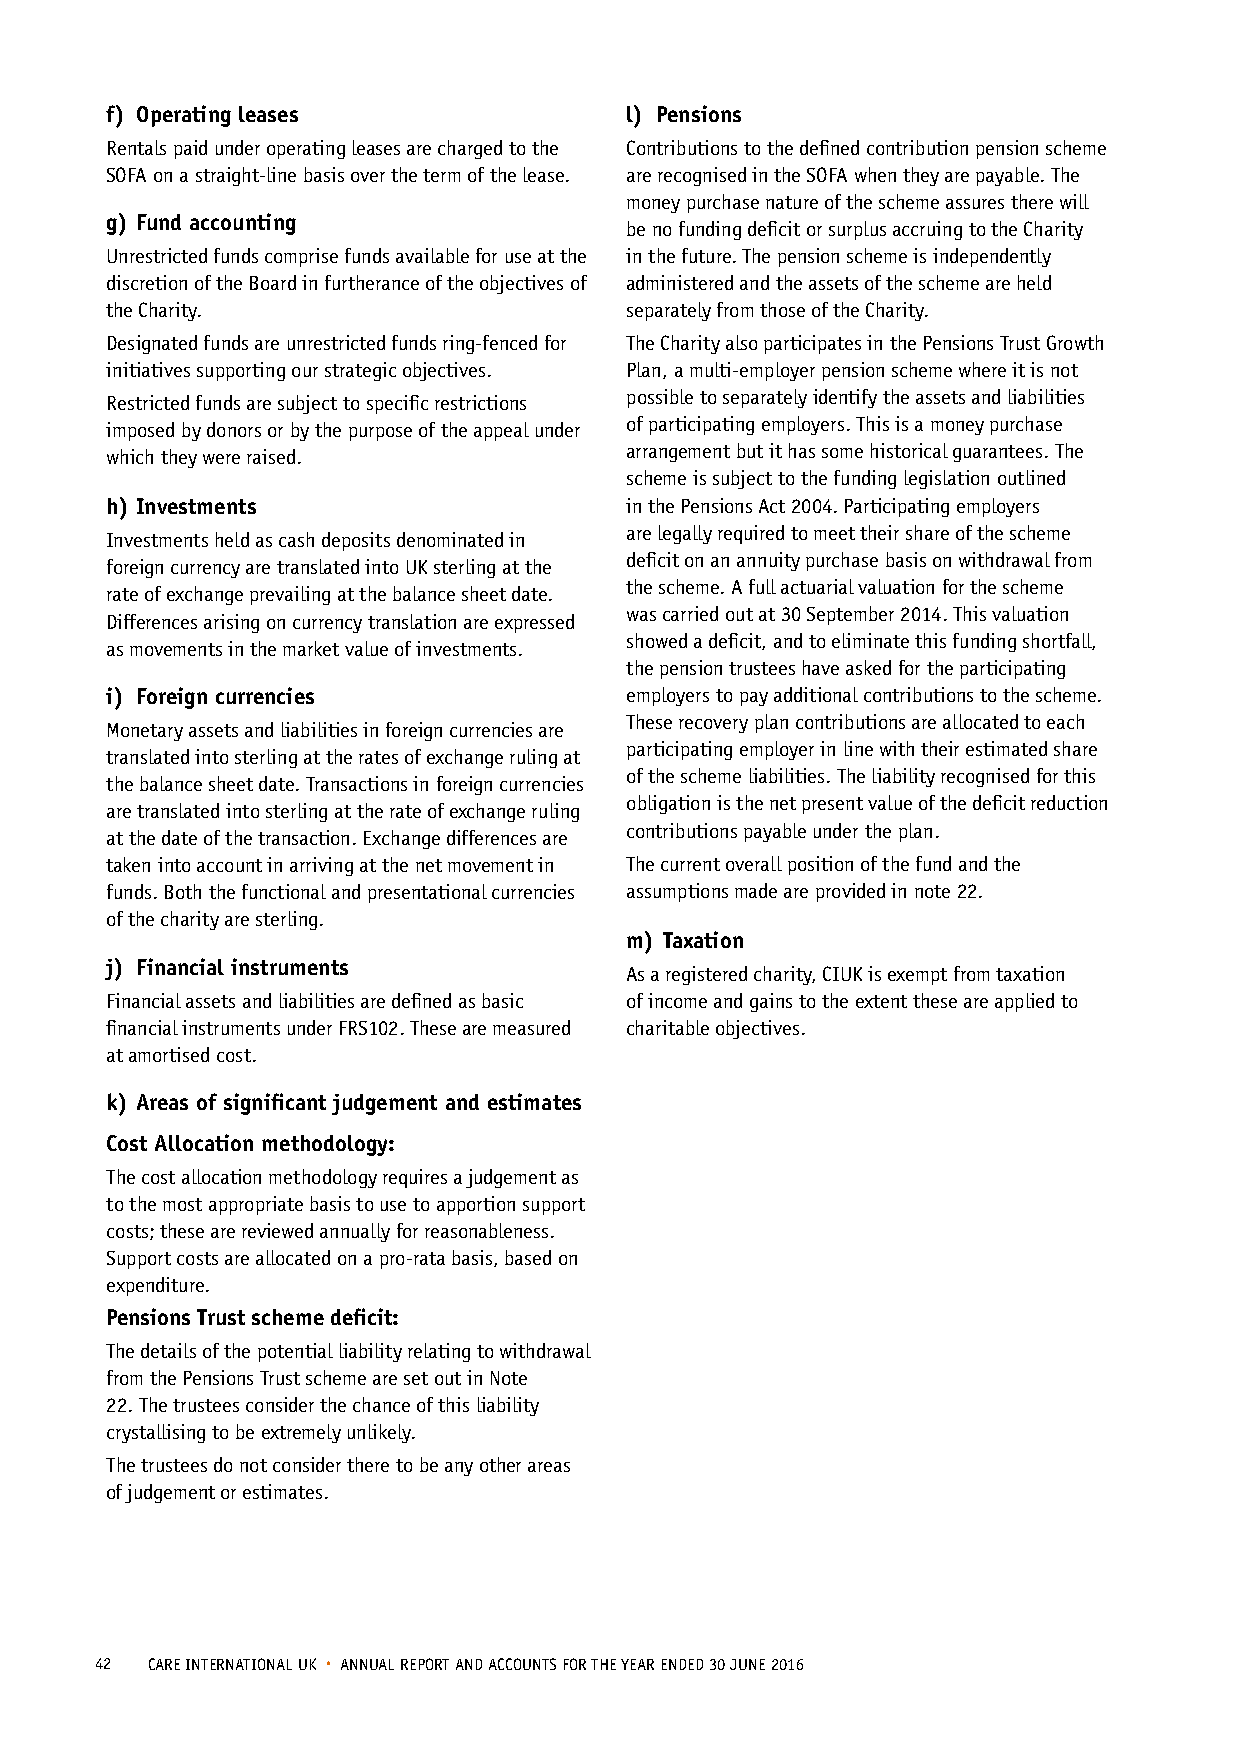
f) Operating leases               l) Pensions
 Rentals paid under operating leases are charged to the Contributions to the defined contribution pension scheme
 SOFA on a straight-line basis over the term of the lease. are recognised in the SOFA when they are payable. The
 money purchase nature of the scheme assures there will
 g) Fund accounting
 be no funding deficit or surplus accruing to the Charity
 Unrestricted funds comprise funds available for use at the in the future. The pension scheme is independently
 discretion of the Board in furtherance of the objectives of administered and the assets of the scheme are held
 the Charity.                      separately from those of the Charity.
 Designated funds are unrestricted funds ring-fenced for The Charity also participates in the Pensions Trust Growth
 initiatives supporting our strategic objectives. Plan, a multi-employer pension scheme where it is not
 Restricted funds are subject to specific restrictions possible to separately identify the assets and liabilities
 imposed by donors or by the purpose of the appeal under of participating employers. This is a money purchase
 which they were raised.           arrangement but it has some historical guarantees. The
 scheme is subject to the funding legislation outlined
 h) Investments                    in the Pensions Act 2004. Participating employers
 are legally required to meet their share of the scheme
 Investments held as cash deposits denominated in
 deficit on an annuity purchase basis on withdrawal from
 foreign currency are translated into UK sterling at the
 the scheme. A full actuarial valuation for the scheme
 rate of exchange prevailing at the balance sheet date.
 was carried out at 30 September 2014. This valuation
 Differences arising on currency translation are expressed
 showed a deficit, and to eliminate this funding shortfall,
 as movements in the market value of investments.
 the pension trustees have asked for the participating
 i) Foreign currencies             employers to pay additional contributions to the scheme.
 These recovery plan contributions are allocated to each
 Monetary assets and liabilities in foreign currencies are
 participating employer in line with their estimated share
 translated into sterling at the rates of exchange ruling at
 of the scheme liabilities. The liability recognised for this
 the balance sheet date. Transactions in foreign currencies
 obligation is the net present value of the deficit reduction
 are translated into sterling at the rate of exchange ruling
 contributions payable under the plan.
 at the date of the transaction. Exchange differences are
 taken into account in arriving at the net movement in The current overall position of the fund and the
 funds. Both the functional and presentational currencies assumptions made are provided in note 22.
 of the charity are sterling.
 m) Taxation
 j) Financial instruments
 As a registered charity, CIUK is exempt from taxation
 Financial assets and liabilities are defined as basic of income and gains to the extent these are applied to
 financial instruments under FRS102. These are measured charitable objectives.
 at amortised cost.
 k) A reas of significant judgement and estimates
 Cost Allocation methodology:
 The cost allocation methodology requires a judgement as
 to the most appropriate basis to use to apportion support
 costs; these are reviewed annually for reasonableness.
 Support costs are allocated on a pro-rata basis, based on
 expenditure.
 Pensions Trust scheme deficit:
 The details of the potential liability relating to withdrawal
 from the Pensions Trust scheme are set out in Note
 22. The trustees consider the chance of this liability
 crystallising to be extremely unlikely.
 The trustees do not consider there to be any other areas
 of judgement or estimates.
 42  CARE INTERNATIONAL UK • ANNUAL REPORT AND ACCOUNTS FOR THE YEAR ENDED 30 JUNE 2016